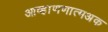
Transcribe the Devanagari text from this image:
आव्हाणणात्मअक